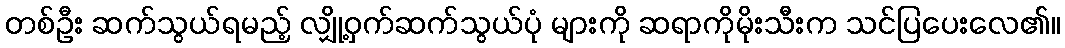
တစ်ဦး ဆက်သွယ်ရမည့် လျှို့ဝှက်ဆက်သွယ်ပုံ များကို ဆရာကိုမိုးသီးက သင်ပြပေးလေ၏။